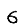
Digit: 6